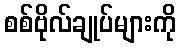
စစ်ဗိုလ်ချုပ်များကို